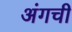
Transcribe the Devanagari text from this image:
अंगची